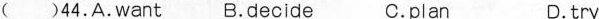
( )44.A.want B.decide C.plan D.try